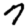
Digit: 7